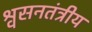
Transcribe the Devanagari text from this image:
श्वसनतंत्रीय